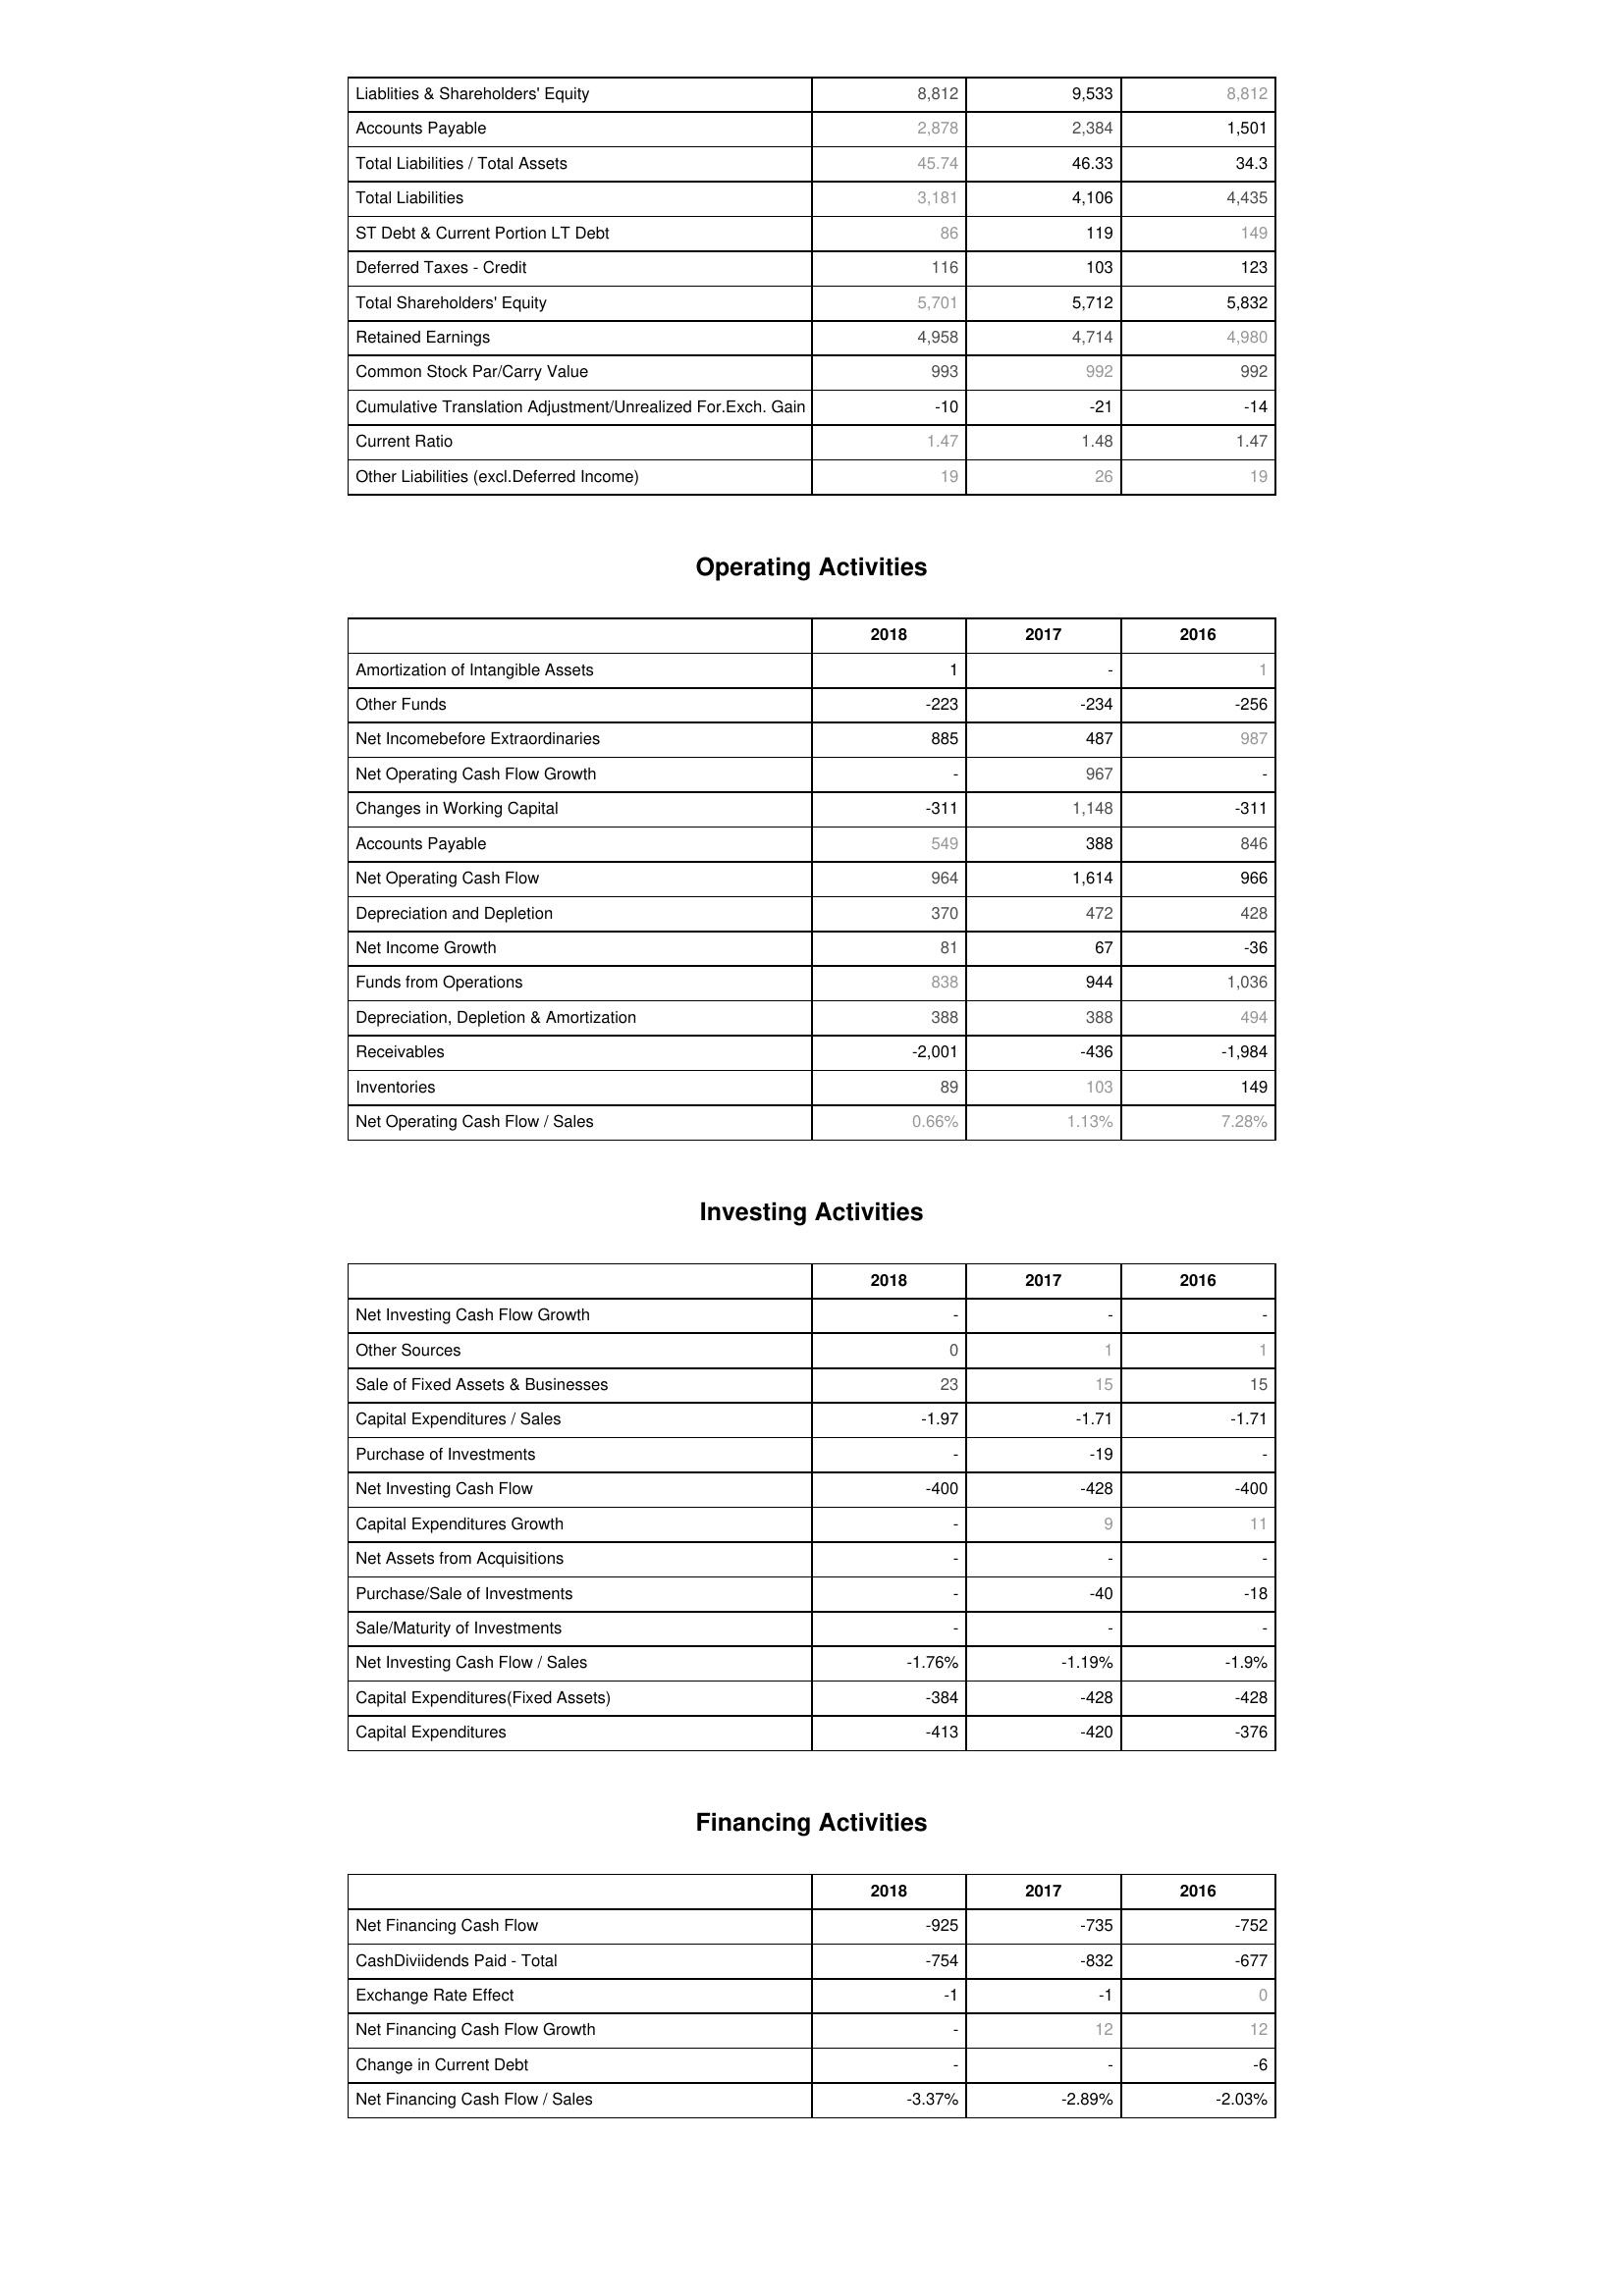
2018: Liabilities & Shareholder's Equity: Liablities & Shareholders' Equity: 8,812
Accounts Payable: 2,878
Total Liabilities / Total Assets: 45.74
Total Liabilities: 3,181
ST Debt & Current Portion LT Debt: 86
Deferred Taxes - Credit: 116
Total Shareholders' Equity: 5,701
Retained Earnings: 4,958
Common Stock Par/Carry Value: 993
Cumulative Translation Adjustment/Unrealized For.Exch. Gain: -10
Current Ratio: 1.47
Other Liabilities (excl.Deferred Income): 19
Operating Activities: Amortization of Intangible Assets: 1
Other Funds: -223
Net Incomebefore Extraordinaries: 885
Net Operating Cash Flow Growth: -
Changes in Working Capital: -311
Accounts Payable: 549
Net Operating Cash Flow: 964
Depreciation and Depletion: 370
Net Income Growth: 81
Funds from Operations: 838
Depreciation, Depletion & Amortization: 388
Receivables: -2,001
Inventories: 89
Net Operating Cash Flow / Sales: 0.66%
Investing Activities: Net Investing Cash Flow Growth: -
Other Sources: 0
Sale of Fixed Assets & Businesses: 23
Capital Expenditures / Sales: -1.97
Purchase of Investments: -
Net Investing Cash Flow: -400
Capital Expenditures Growth: -
Net Assets from Acquisitions: -
Purchase/Sale of Investments: -
Sale/Maturity of Investments: -
Net Investing Cash Flow / Sales: -1.76%
Capital Expenditures(Fixed Assets): -384
Capital Expenditures: -413
Financing Activities: Net Financing Cash Flow: -925
CashDiviidends Paid - Total: -754
Exchange Rate Effect: -1
Net Financing Cash Flow Growth: -
Change in Current Debt: -
Net Financing Cash Flow / Sales: -3.37%
2017: Liabilities & Shareholder's Equity: Liablities & Shareholders' Equity: 9,533
Accounts Payable: 2,384
Total Liabilities / Total Assets: 46.33
Total Liabilities: 4,106
ST Debt & Current Portion LT Debt: 119
Deferred Taxes - Credit: 103
Total Shareholders' Equity: 5,712
Retained Earnings: 4,714
Common Stock Par/Carry Value: 992
Cumulative Translation Adjustment/Unrealized For.Exch. Gain: -21
Current Ratio: 1.48
Other Liabilities (excl.Deferred Income): 26
Operating Activities: Amortization of Intangible Assets: -
Other Funds: -234
Net Incomebefore Extraordinaries: 487
Net Operating Cash Flow Growth: 967
Changes in Working Capital: 1,148
Accounts Payable: 388
Net Operating Cash Flow: 1,614
Depreciation and Depletion: 472
Net Income Growth: 67
Funds from Operations: 944
Depreciation, Depletion & Amortization: 388
Receivables: -436
Inventories: 103
Net Operating Cash Flow / Sales: 1.13%
Investing Activities: Net Investing Cash Flow Growth: -
Other Sources: 1
Sale of Fixed Assets & Businesses: 15
Capital Expenditures / Sales: -1.71
Purchase of Investments: -19
Net Investing Cash Flow: -428
Capital Expenditures Growth: 9
Net Assets from Acquisitions: -
Purchase/Sale of Investments: -40
Sale/Maturity of Investments: -
Net Investing Cash Flow / Sales: -1.19%
Capital Expenditures(Fixed Assets): -428
Capital Expenditures: -420
Financing Activities: Net Financing Cash Flow: -735
CashDiviidends Paid - Total: -832
Exchange Rate Effect: -1
Net Financing Cash Flow Growth: 12
Change in Current Debt: -
Net Financing Cash Flow / Sales: -2.89%
2016: Liabilities & Shareholder's Equity: Liablities & Shareholders' Equity: 8,812
Accounts Payable: 1,501
Total Liabilities / Total Assets: 34.3
Total Liabilities: 4,435
ST Debt & Current Portion LT Debt: 149
Deferred Taxes - Credit: 123
Total Shareholders' Equity: 5,832
Retained Earnings: 4,980
Common Stock Par/Carry Value: 992
Cumulative Translation Adjustment/Unrealized For.Exch. Gain: -14
Current Ratio: 1.47
Other Liabilities (excl.Deferred Income): 19
Operating Activities: Amortization of Intangible Assets: 1
Other Funds: -256
Net Incomebefore Extraordinaries: 987
Net Operating Cash Flow Growth: -
Changes in Working Capital: -311
Accounts Payable: 846
Net Operating Cash Flow: 966
Depreciation and Depletion: 428
Net Income Growth: -36
Funds from Operations: 1,036
Depreciation, Depletion & Amortization: 494
Receivables: -1,984
Inventories: 149
Net Operating Cash Flow / Sales: 7.28%
Investing Activities: Net Investing Cash Flow Growth: -
Other Sources: 1
Sale of Fixed Assets & Businesses: 15
Capital Expenditures / Sales: -1.71
Purchase of Investments: -
Net Investing Cash Flow: -400
Capital Expenditures Growth: 11
Net Assets from Acquisitions: -
Purchase/Sale of Investments: -18
Sale/Maturity of Investments: -
Net Investing Cash Flow / Sales: -1.9%
Capital Expenditures(Fixed Assets): -428
Capital Expenditures: -376
Financing Activities: Net Financing Cash Flow: -752
CashDiviidends Paid - Total: -677
Exchange Rate Effect: 0
Net Financing Cash Flow Growth: 12
Change in Current Debt: -6
Net Financing Cash Flow / Sales: -2.03%